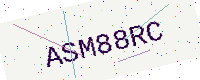
Text: ASM88RC